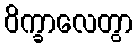
ဝိက္ခာလေတွာ